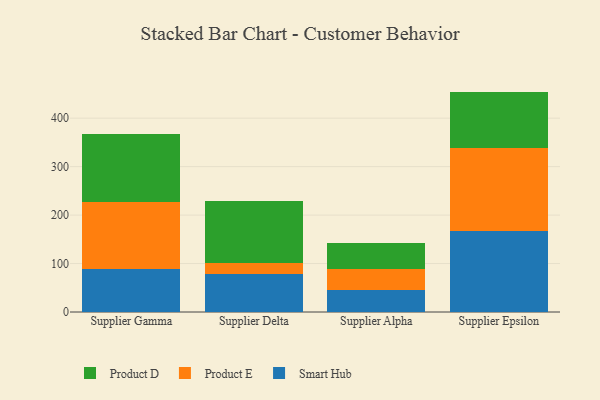
{"axis": {"x": "Supplier", "y": "Page Views"}, "legend": ["Product D", "Product E", "Smart Hub"], "data": [{"x": "Supplier Gamma", "y": 88.4, "type": "Smart Hub"}, {"x": "Supplier Gamma", "y": 138.7, "type": "Product E"}, {"x": "Supplier Gamma", "y": 139.4, "type": "Product D"}, {"x": "Supplier Delta", "y": 77.5, "type": "Smart Hub"}, {"x": "Supplier Delta", "y": 23.9, "type": "Product E"}, {"x": "Supplier Delta", "y": 128.6, "type": "Product D"}, {"x": "Supplier Alpha", "y": 44.9, "type": "Smart Hub"}, {"x": "Supplier Alpha", "y": 44.2, "type": "Product E"}, {"x": "Supplier Alpha", "y": 52.5, "type": "Product D"}, {"x": "Supplier Epsilon", "y": 167.3, "type": "Smart Hub"}, {"x": "Supplier Epsilon", "y": 170.5, "type": "Product E"}, {"x": "Supplier Epsilon", "y": 117.0, "type": "Product D"}]}